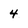
Character: 4